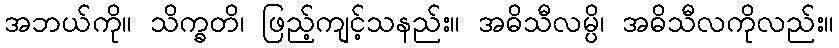
အဘယ်ကို။ သိက္ခတိ၊ ဖြည့်ကျင့်သနည်း။ အဓိသီလမ္ပိ၊ အဓိသီလကိုလည်း။